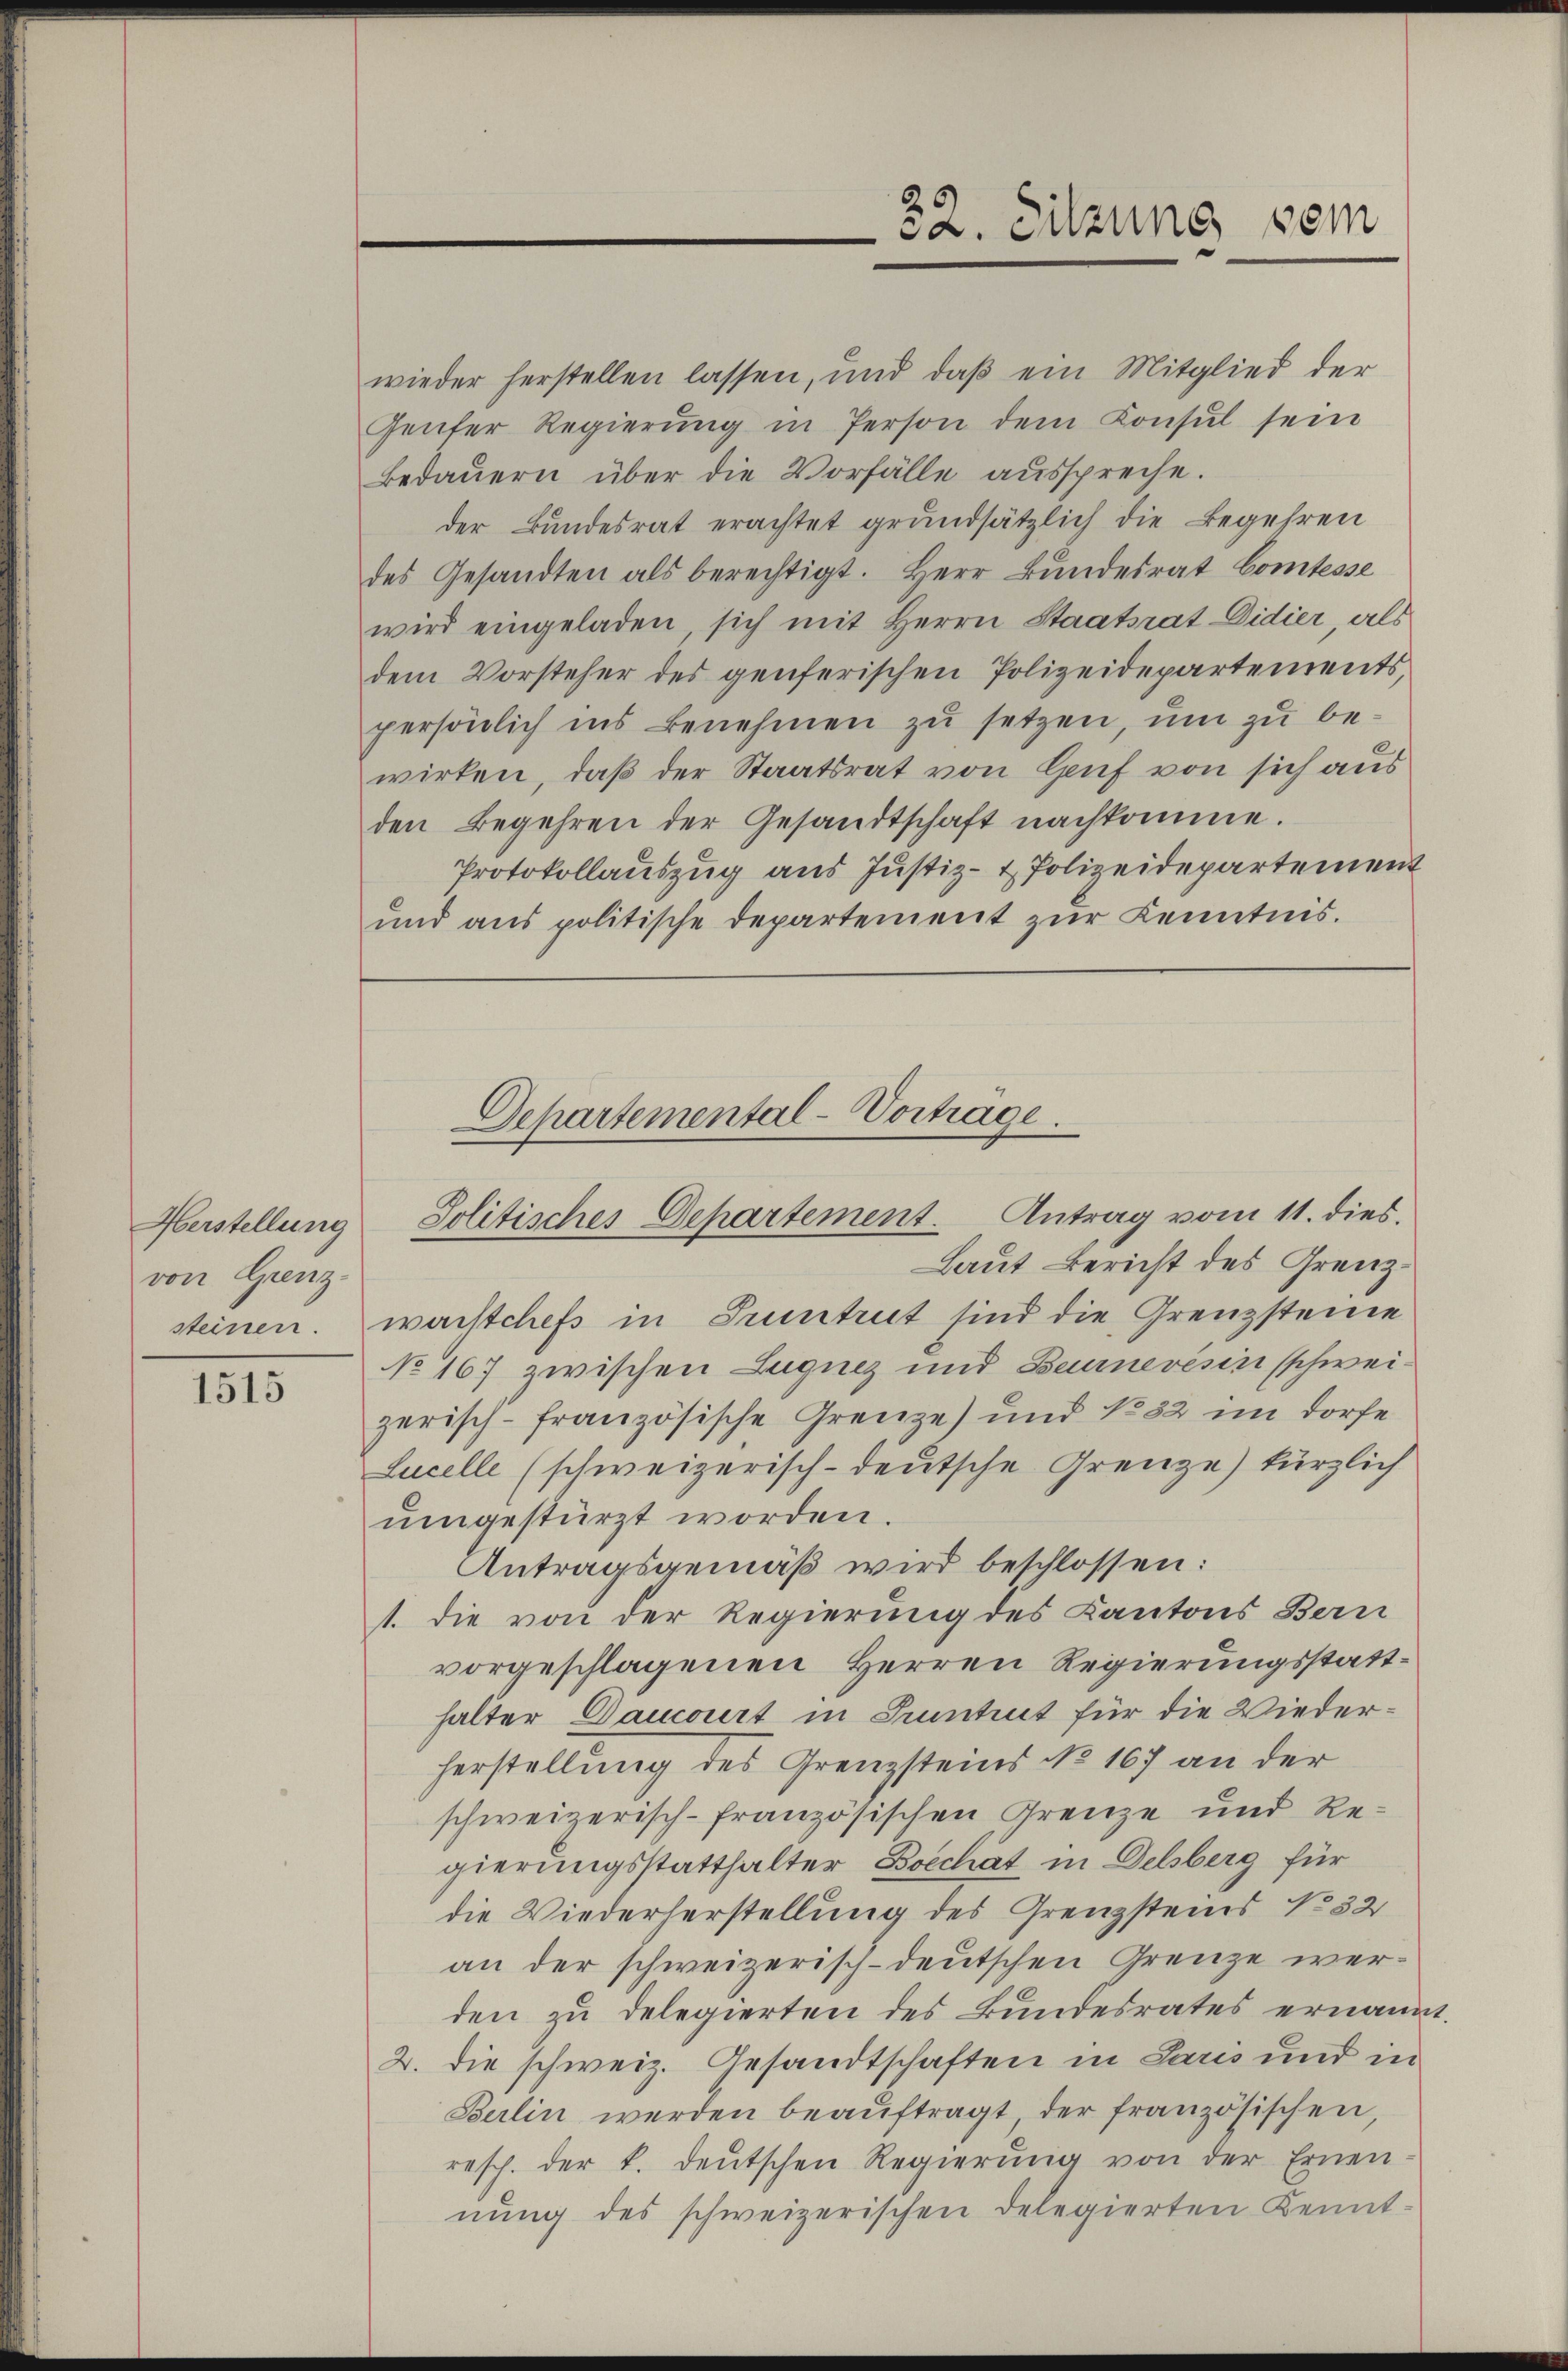
Herstellung
von Grenz-

1515

wieder herstellen lassen, und daß ein Mitglied der
Genfer Regierŭng in Person dem Konsŭl sein
Bedaŭern über die Vorfälle aŭsspreche.
der Bundesrat erachtet grundsätzlich die Begehren
des Gesandten als berechtigt. Herr Bundesrat Comtesse
wird eingeladen, sich mit Herrn Staatsrat Didier, als
dem Vorsteher des genferischen Polizeidepartements,
persönlich ins Benehmen zu setzen, um zu bewirken, daβ der Staatsrat von Genf von sich aus
den Begehren der Gesandtschaft nachkomme.
Protokollauszug aus Justiz- & Polizeidepartement
und aus politische Departement zur Kenntnis.

Departemental-Vortrage.
Politisches Departement. Antrag vom 11. dies.

32. Sitzung vom

Laut Bericht des Grenzsteinen. Wachtchefs in Pruntrut sind die Grenzsteine
No 167 zwischen Luguez und Berneresin schweizerisch-französische Grenze) und No 82 im Dorfe
Lucelle (schweizerisch-deutsche Grenze) kürzlich
ŭmgestürzt worden.
Antragsgemäß wird beschlossen:
1. die von der Regierung des Kantons Bern
vorgeschlagenen Herren Regierungsstatthalter Daucourt in Pruntrut für die Wiederherstellung des Grenzsteins No 167 an der
schweizerisch-französischen Grenze und Regierungsstatthalter Boechat in Delsberg für
die Wiederherstellung des Grenzsteins No 32
an der schweizerisch-deutschen Grenze werden zu delegierten des Bundesrates ernann
2. die schweiz. Gesandtschaften in Paris und in
Berlin werden beaŭftragt, der französischen,
resch. der k. deŭtschen Regierŭng von der Ernen-
nŭng des schweizerischen Delegierten Kennt-